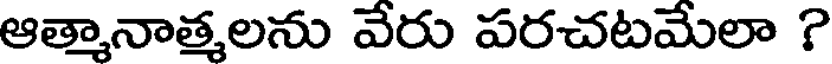
ఆత్మానాత్మలను వేరు పరచటమేలా ?